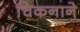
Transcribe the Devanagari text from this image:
चिकनाने